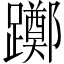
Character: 躑